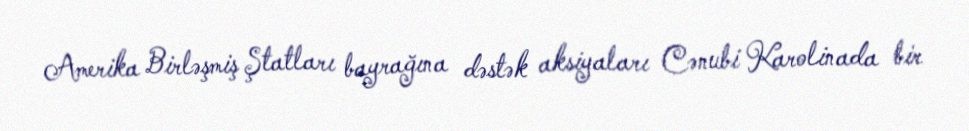
Amerika Birləşmiş Ştatları bayrağına dəstək aksiyaları Cənubi Karolinada bir